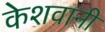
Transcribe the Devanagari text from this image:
केशवानी